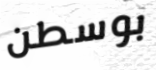
بوسطن